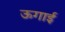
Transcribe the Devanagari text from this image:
ऊगाई